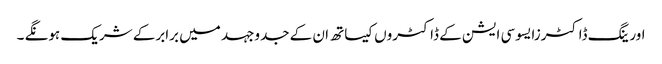
اورینگ ڈاکٹرزایسوسی ایشن کے ڈاکٹروں کیساتھ ان کے جدوجہد میں برابرکے شریک ہونگے ۔